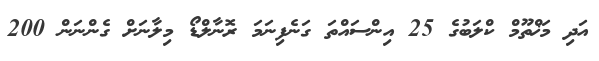
އަދި މަޚްތޫމް ކްލަބުގެ 25 އިންސައްތަ ގަނެފިނަމަ ރޮނާލްޑޯ މިލާނަށް ގެންނަން 200